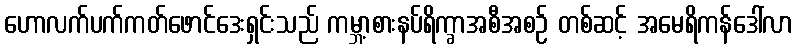
ဟောလက်ပက်ကတ်ဖောင်ဒေးရှင်းသည် ကမ္ဘာ့စားနပ်ရိက္ခာအစီအစဉ် တစ်ဆင့် အမေရိကန်ဒေါ်လာ